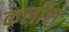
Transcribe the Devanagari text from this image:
कर्लोस्